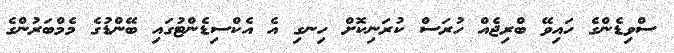
ސްވިޑެންގެ ހައިވޭ ބްރިޖެއް ހުރަސް ކުރަނިކޮށް ހިނގި އެ އެކްސިޑެންޓުގައި ބޭންޑުގެ މެމްބަރުންގެ